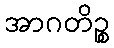
အာဂတိဉ္စ